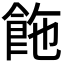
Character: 𩛆